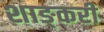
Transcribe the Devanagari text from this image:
शाङ्करी